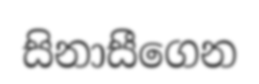
සිනාසීගෙන